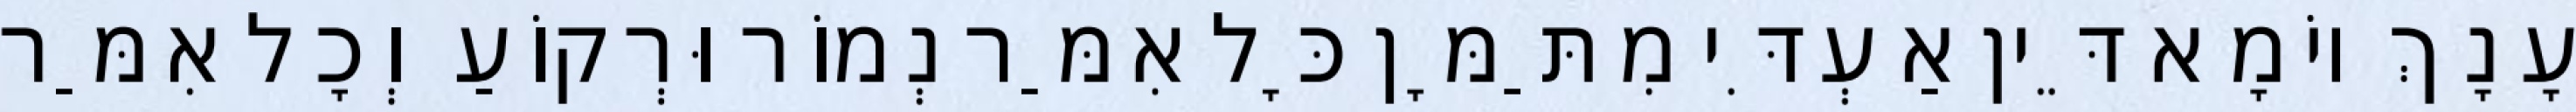
עָנָךְ יוֹמָא דֵּין אַעְדִּי מִתַּמָּן כָּל אִמַּר נְמוֹר וּרְקוֹעַ וְכָל אִמַּר